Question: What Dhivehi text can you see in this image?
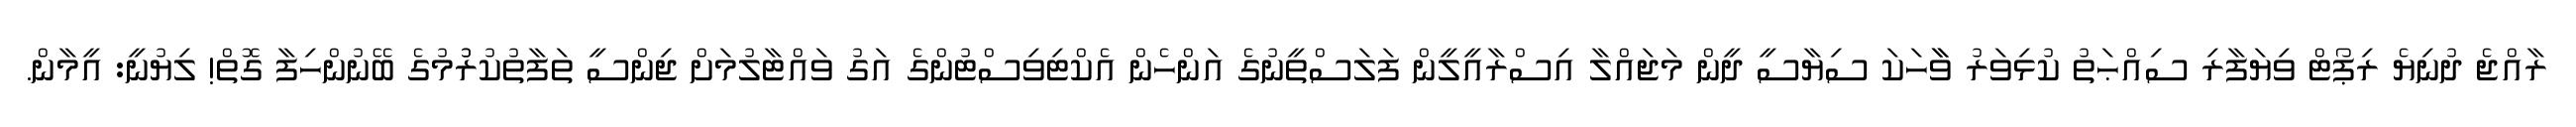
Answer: ރާއްޖެ ދުނިޔެ ރިޕޯޓް ވިޔަފާރި ސިއްޙަތު ކުޅިވަރު ވާާހަކަ ސިޔާސީ ދީން މަޖައްލާ އިސްރާއީލީން ފަލަސްތީނުގެ އަންހެން އެކްޓިވިސްޓުންގެ އަގު ވައްޓާލުމަށް ޖިންސީ ތަފާތުކުރުުމުގެ ބޭނުންހިފާ ގޮތް! ލިޔުނީ: އީމާން.